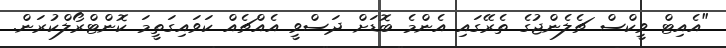
"އެއިޓް ވީކްސް ޗެލެންޖުގެ ތެރޭގައި އެންމެ ބޮޑަށް ދަސްވީ އެއްޗެއް ކަވައިގަތީމަ ކޮންޓްރޯލްކުރަން.